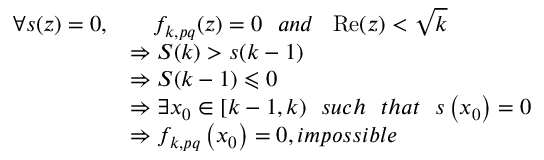
\begin{array} { r l } { \forall s ( z ) = 0 , } & { \quad f _ { k , p q } ( z ) = 0 \ \ a n d \ \ \operatorname { R e } ( z ) < \sqrt { k } } \\ & { \Rightarrow S ( k ) > s ( k - 1 ) } \\ & { \Rightarrow S ( k - 1 ) \leqslant 0 } \\ & { \Rightarrow \exists x _ { 0 } \in [ k - 1 , k ) \ \ s u c h \ \ t h a t \ \ s \left( x _ { 0 } \right) = 0 } \\ & { \Rightarrow f _ { k , p q } \left( x _ { 0 } \right) = 0 , i m p o s s i b l e } \end{array}